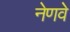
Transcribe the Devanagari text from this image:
नेणवे